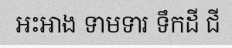
អះអាង ទាមទារ ទឹកដី ជី